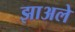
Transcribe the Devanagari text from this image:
झाअले